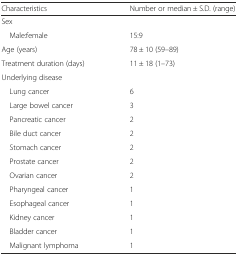
<table><thead><tr><td><b>Characteristics</b></td><td><b>Number or median ± S.D. (range)</b></td></tr></thead><tbody><tr><td>Sex</td><td></td></tr><tr><td> Male:female</td><td>15:9</td></tr><tr><td>Age (years)</td><td>78 ± 10 (59–89)</td></tr><tr><td>Treatment duration (days)</td><td>11 ± 18 (1–73)</td></tr><tr><td>Underlying disease</td><td></td></tr><tr><td> Lung cancer</td><td>6</td></tr><tr><td> Large bowel cancer</td><td>3</td></tr><tr><td> Pancreatic cancer</td><td>2</td></tr><tr><td> Bile duct cancer</td><td>2</td></tr><tr><td> Stomach cancer</td><td>2</td></tr><tr><td> Prostate cancer</td><td>2</td></tr><tr><td> Ovarian cancer</td><td>2</td></tr><tr><td> Pharyngeal cancer</td><td>1</td></tr><tr><td> Esophageal cancer</td><td>1</td></tr><tr><td> Kidney cancer</td><td>1</td></tr><tr><td> Bladder cancer</td><td>1</td></tr><tr><td> Malignant lymphoma</td><td>1</td></tr></tbody></table>